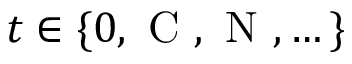
t \in \{ 0 , \mathrm { ~ C ~ } , \mathrm { ~ N ~ } , \dots \}